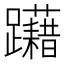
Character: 躤